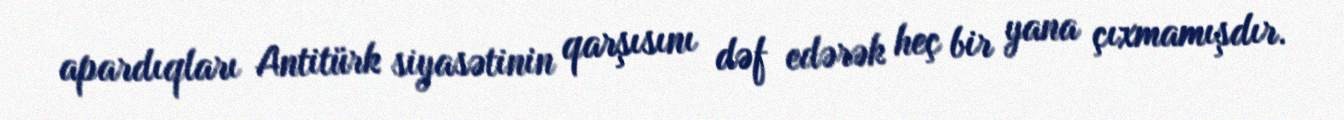
apardıqları Antitürk siyasətinin qarşısını dəf edərək heç bir yana çıxmamışdır.